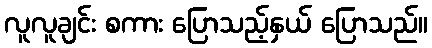
လူလူချင်း စကား ပြောသည့်နှယ် ပြောသည်။